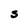
Character: S